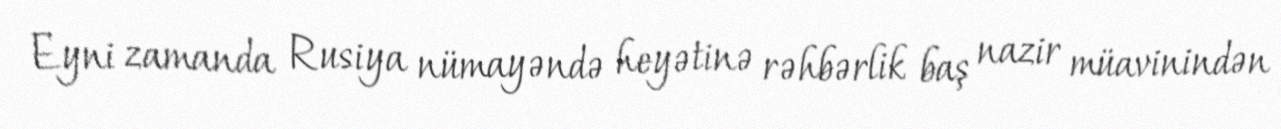
Eyni zamanda Rusiya nümayəndə heyətinə rəhbərlik baş nazir müavinindən